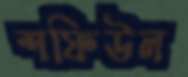
শফিউল